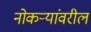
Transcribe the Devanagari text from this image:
नोकऱ्यांवरील